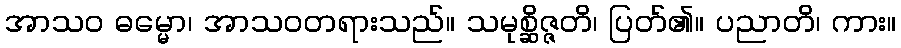
အာသဝ ဓမ္မော၊ အာသဝတရားသည်။ သမုစ္ဆိဇ္ဇတိ၊ ပြတ်၏။ ပညာတိ၊ ကား။